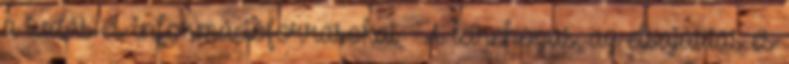
a tudás-és információforrásokat  A létrehozás, az elsajátítás és